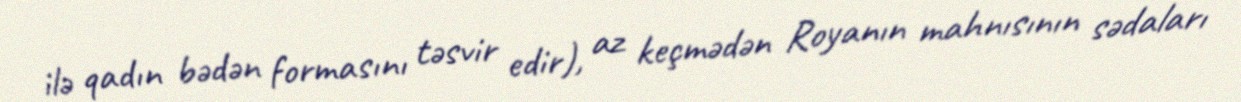
ilə qadın bədən formasını təsvir edir), az keçmədən Royanın mahnısının sədaları